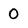
Character: 0